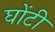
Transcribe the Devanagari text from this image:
घोंटी